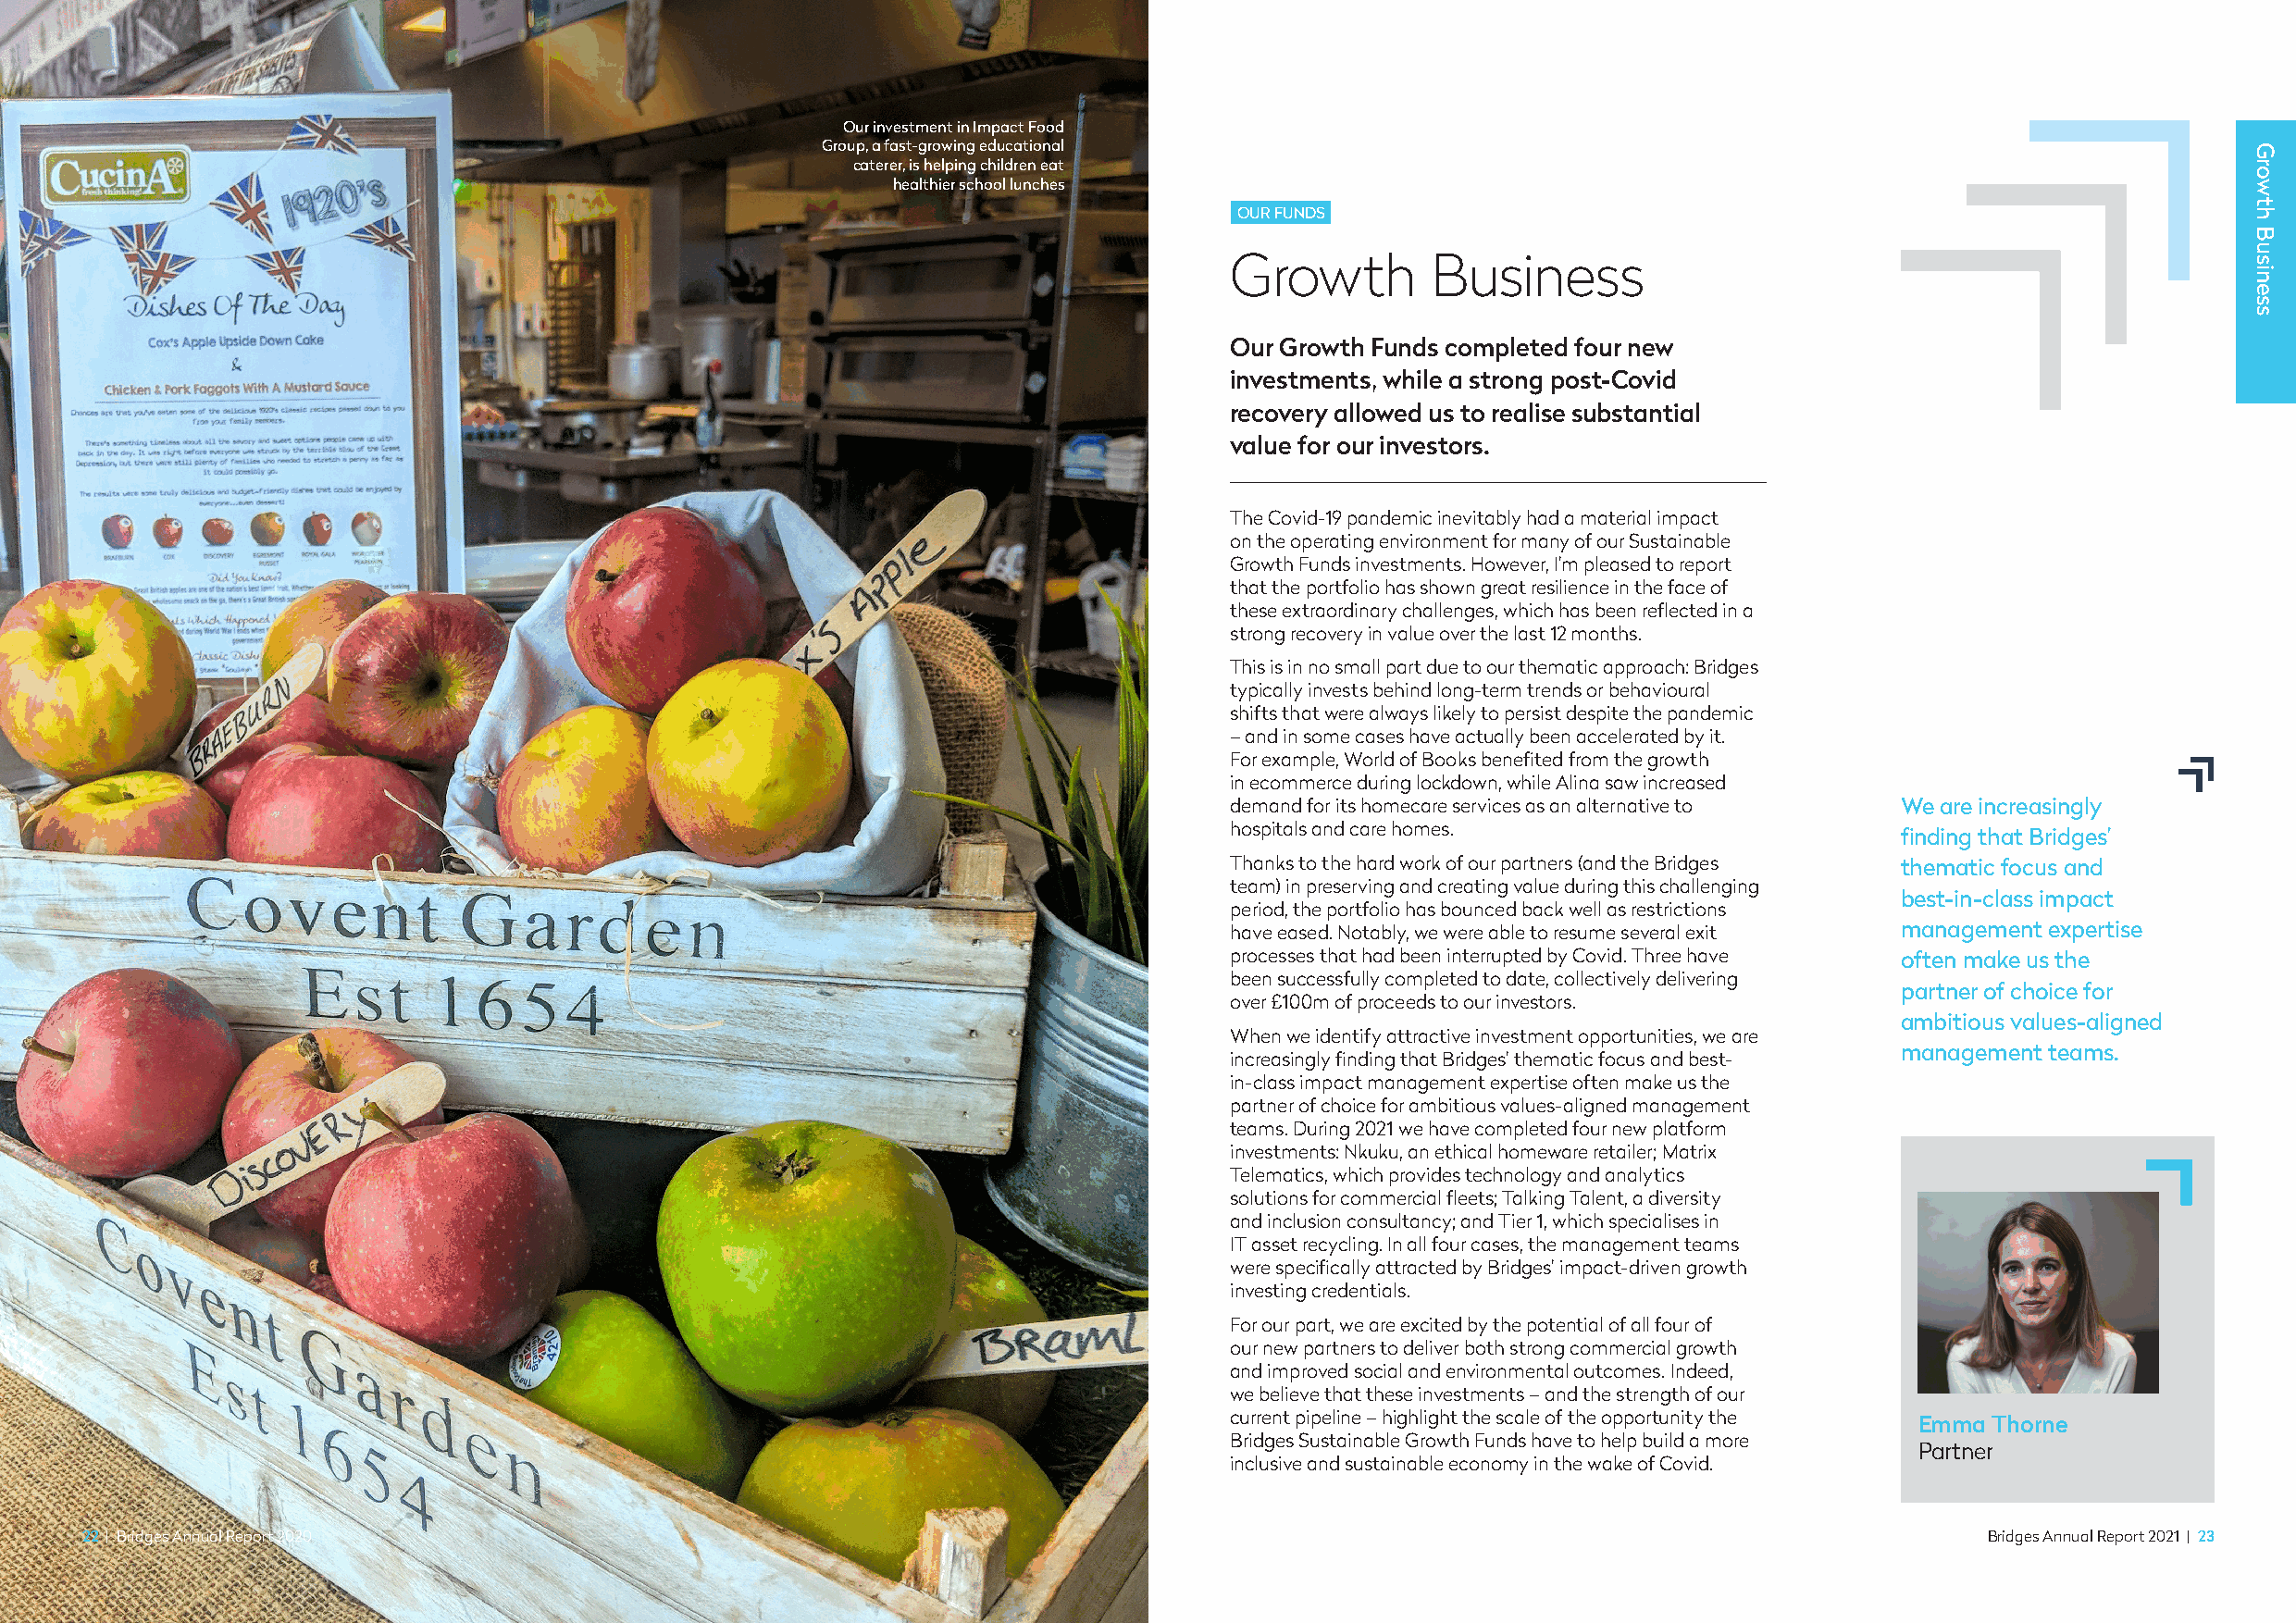
Our investment in Impact Food
 Group, a fast-growing educational
 caterer, is helping children eat
 healthier school lunches
 OUR FUNDS
 Growth        Business
 Our Growth Funds completed four new
 investments, while a strong post-Covid
 recovery allowed us to realise substantial
 value for our investors.
 The Covid-19 pandemic inevitably had a material impact
 on the operating environment for many of our Sustainable
 Growth Funds investments. However, I’m pleased to report
 that the portfolio has shown great resilience in the face of
 these extraordinary challenges, which has been reflected in a
 strong recovery in value over the last 12 months.
 This is in no small part due to our thematic approach: Bridges
 typically invests behind long-term trends or behavioural
 shifts that were always likely to persist despite the pandemic
 – and in some cases have actually been accelerated by it.
 For example, World of Books benefited from the growth
 in ecommerce during lockdown, while Alina saw increased
 demand for its homecare services as an alternative to We are increasingly
 hospitals and care homes.
 finding that Bridges’
 Thanks to the hard work of our partners (and the Bridges thematic focus and
 team) in preserving and creating value during this challenging
 best-in-class impact
 period, the portfolio has bounced back well as restrictions
 have eased. Notably, we were able to resume several exit management expertise
 processes that had been interrupted by Covid. Three have often make us the
 been successfully completed to date, collectively delivering
 partner of choice for
 over £100m of proceeds to our investors.
 ambitious values-aligned
 When we identify attractive investment opportunities, we are
 management teams.
 increasingly finding that Bridges’ thematic focus and best-
 in-class impact management expertise often make us the
 partner of choice for ambitious values-aligned management
 teams. During 2021 we have completed four new platform
 investments: Nkuku, an ethical homeware retailer; Matrix
 Telematics, which provides technology and analytics
 solutions for commercial fleets; Talking Talent, a diversity
 and inclusion consultancy; and Tier 1, which specialises in
 IT asset recycling. In all four cases, the management teams
 were specifically attracted by Bridges’ impact-driven growth
 investing credentials.
 For our part, we are excited by the potential of all four of
 our new partners to deliver both strong commercial growth
 and improved social and environmental outcomes. Indeed,
 we believe that these investments – and the strength of our
 current pipeline – highlight the scale of the opportunity the Emma Thorne
 Bridges Sustainable Growth Funds have to help build a more
 Partner
 inclusive and sustainable economy in the wake of Covid.
 22 | Bridges Annual Report 2020                                                                                                         Bridges Annual Report 2021 | 23
 Growth
 Business